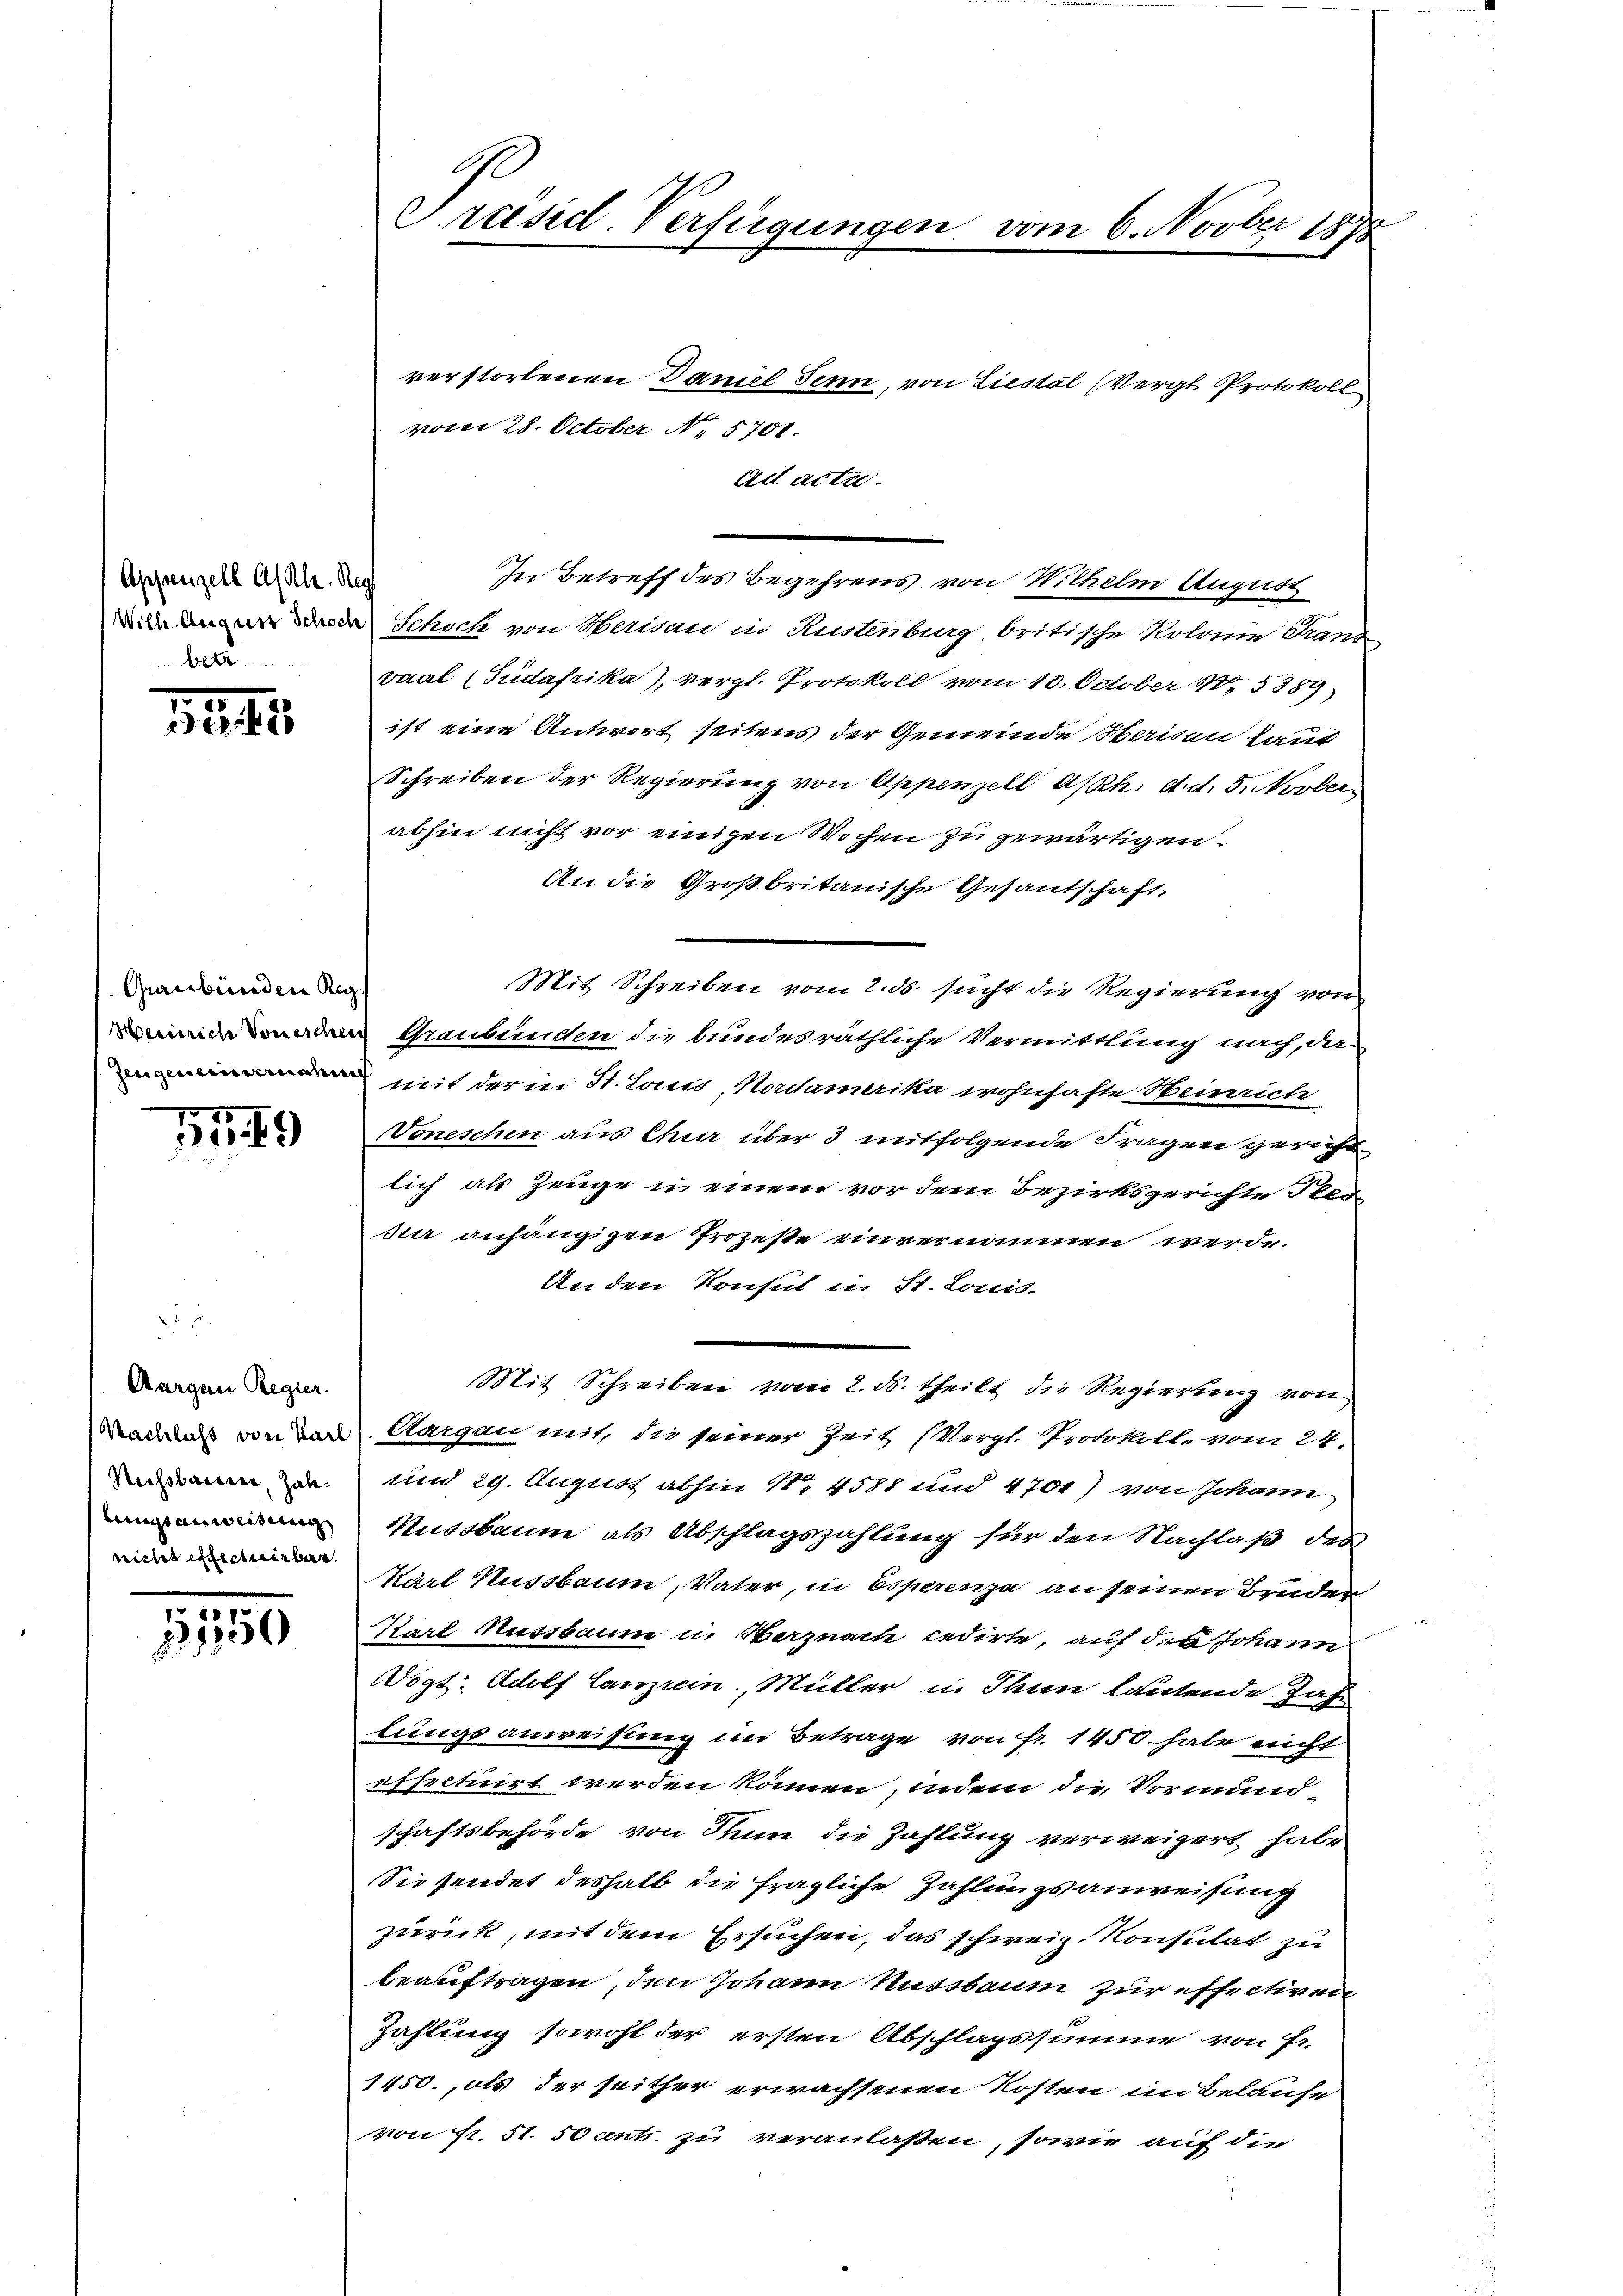
Appenzell A/Rh. Reg
bet

1241.

Graubünden Reg

55. 49

Aargau Regier.
Nussbaum, Zahnicht erfecteinbar.

.
100

verstorbenen Daniel Senn, von Liestal (Vergl. Protokoll
vom 28. October N. 5701.
ad acta.
In Betreff des Begehrens von Wilhelm August
Schoch von Herisau in Rustenburg, britische Kolonie Trans
vaal (Gudafrika), vergl. Protokoll vom 10. October 185389)
ist eine Antwort seitens der Gemeinde Waisen kant
Schreiben der Regierung von Appenzell A/Rh. d. d. 5. Novber
abhin nicht vor einigen Wochen zu gewärtigen
An die Großbritanische Gesandschaft,
Mit Schreiben vom 2. ds. sucht die Regierung von
 Graubünden die bundesräthliche Vermittlung nach, das
d mit der in St. Louis, Nordamerika wohnhafte Heinrich
Voneschen aus Chur über 3 mitfolgende Fragen gericht
lich als Zeuge u. einem vor dem Bezirksgerichte Ster-
dter anhängigen Prozeste einvernommen werde.
An den Konsul in St. Louis-
Mit Schreiben vom 2. ds. theilt die Regierung von
Manns von von Aargau mit, die seiner Zeit (Vergl. Protokolle vom 24.
und 29. August abhin No 4588 und 4701) von Johann
Nussbaum als Abschlagszahlung für den Nachlaß des
Karl Nussbaum, Vater, in Esperenza an seinen Bruden
Karl Nussbauen in Herznach cedirte, auf d. Johann
Wogt: Adolf Lanzrein, Müller in Thun lautende Jahr
lungsanweisung im Betrage von fr. 1450. habe nicht
effectuirt werden können, indem die Vormund
schaftsbehörde von Thun die Zahlung verweigert habe
Sie sendet deshalb die fragliche Zahlungsanweisung
zurück, mit dem Ersuchen, das schweiz. Konsulat zu
beauftragen, den Johann Nussbaum zur effectiren
Zahlung sowohl der ersten Abschlagssumme von Fr.
1450., als der seither erwachsenen Kosten im Belaufe
von Fr. 51. 50 ents zu veranlaßen, sowie auf die

Präsid. Verfügungen vom 6. Novber 1875